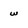
Character: w